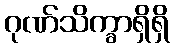
ဂုဏ်သိက္ခာရှိရှိ